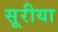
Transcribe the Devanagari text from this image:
सूरीया